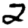
Digit: 2